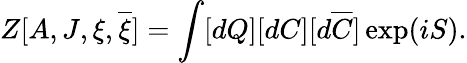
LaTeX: Z[A,J,\xi,\overline{{{\xi}}}]=\int[dQ][dC][d\overline{{{C}}}]\exp(iS).